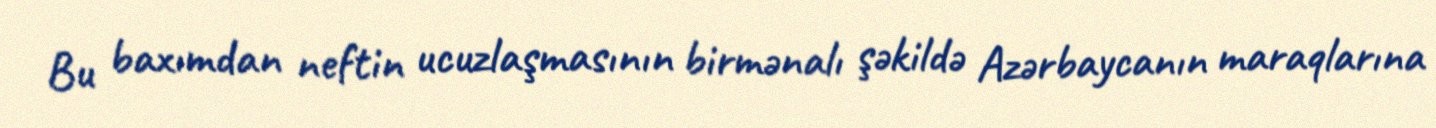
Bu baxımdan neftin ucuzlaşmasının birmənalı şəkildə Azərbaycanın maraqlarına